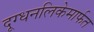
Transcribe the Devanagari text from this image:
दूग्धनलिकेमार्फत